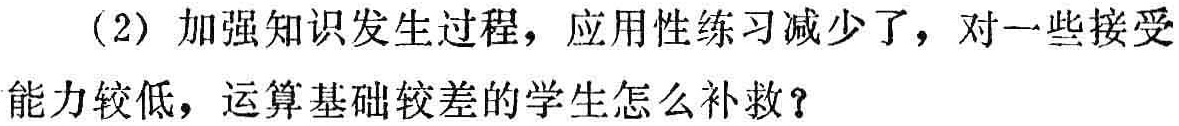
（2）加强知识发生过程，应用性练习减少了，对一些接受能力较低，运算基础较差的学生怎么补救？